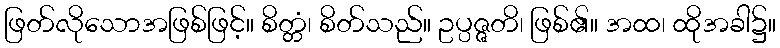
ဖြတ်လိုသောအဖြစ်ဖြင့်။ စိတ္တံ၊ စိတ်သည်။ ဥပ္ပဇ္ဇတိ၊ ဖြစ်၏။ အထ၊ ထိုအခါ၌။